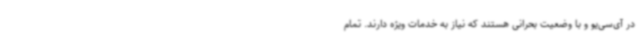
در آی‌سی‌یو و با وضعیت بحرانی هستند که نیاز به خدمات ویژه دارند. تمام